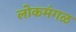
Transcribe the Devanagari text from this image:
लोकमंगळ